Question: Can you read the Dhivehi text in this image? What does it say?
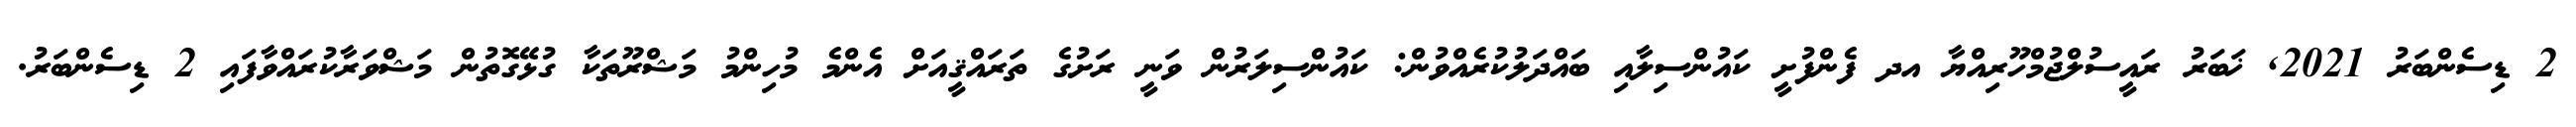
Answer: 2 ޑިސެންބަރު 2021, ޚަބަރު ރައީސުލްޖުމްހޫރިއްޔާ އދ ފެންފުށީ ކައުންސިލާއި ބައްދަލުކުރެއްވުން: ކައުންސިލަރުން ވަނީ ރަށުގެ ތަރައްޤީއަށް އެންމެ މުހިންމު މަޝްރޫތަކާ ގުޅޭގޮތުން މަޝްވަރާކުރައްވާފައި 2 ޑިސެންބަރު.